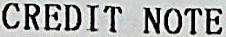
CREDIT NOTE